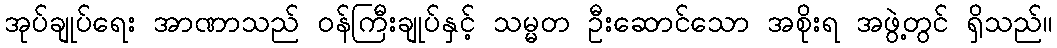
အုပ်ချုပ်ရေး အာဏာသည် ဝန်ကြီးချုပ်နှင့် သမ္မတ ဦးဆောင်သော အစိုးရ အဖွဲ့တွင် ရှိသည်။